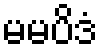
မမပိဒံ